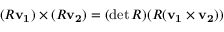
( R \mathbf { v _ { 1 } } ) \times ( R \mathbf { v _ { 2 } } ) = ( \operatorname* { d e t } R ) ( R ( \mathbf { v _ { 1 } } \times \mathbf { v _ { 2 } } ) )